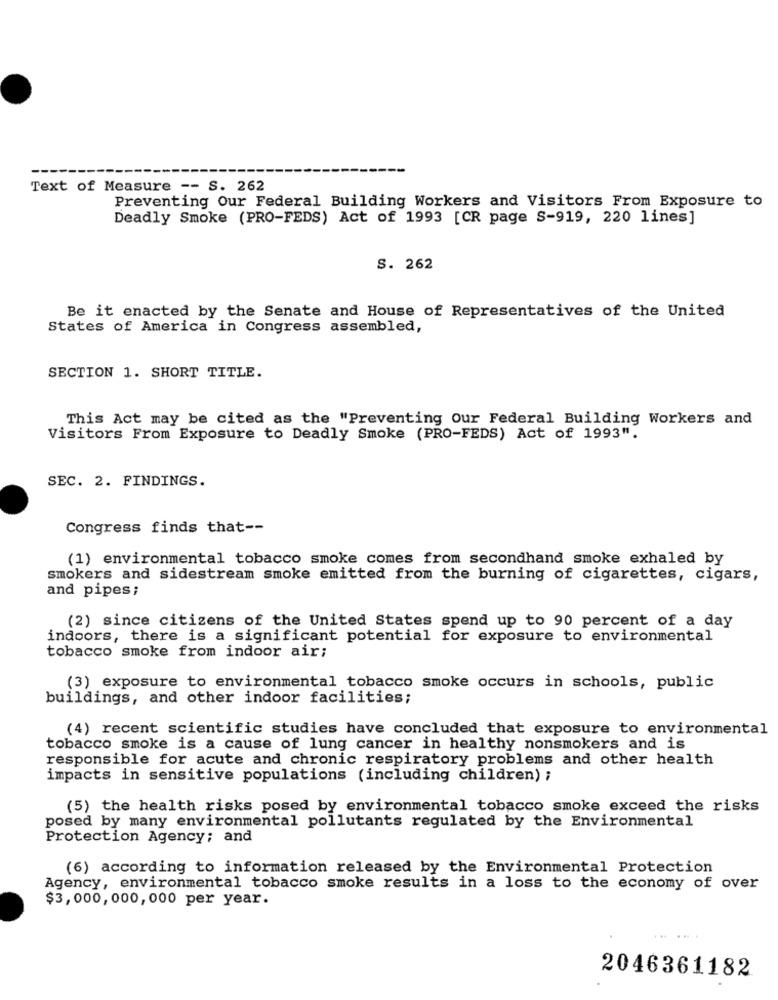
Text of Measure -- S. 262
Preventing Our Federal Building Workers and Visitors From Exposure to
Deadly Smoke (PRO-FEDS) Act of 1993 [CR page S-919, 220 lines]
S. 262
Be it enacted by the Senate and House of Representatives of the United
States of America in Congress assembled,
SECTION 1. SHORT TITLE.
This Act may be cited as the "Preventing Our Federal Building Workers and
Visitors From Exposure to Deadly Smoke (PRO-FEDS) Act of 1993".
SEC. 2. FINDINGS.
Congress finds that --
(1) environmental tobacco smoke comes from secondhand smoke exhaled by
smokers and sidestream smoke emitted from the burning of cigarettes, cigars,
and pipes;
(2) since citizens of the United States spend up to 90 percent of a day
indoors, there is a significant potential for exposure to environmental
tobacco smoke from indoor air;
(3) exposure to environmental tobacco smoke occurs in schools, public
buildings, and other indoor facilities;
(4) recent scientific studies have concluded that exposure to environmental
tobacco smoke is a cause of lung cancer in healthy nonsmokers and is
responsible for acute and chronic respiratory problems and other health
impacts in sensitive populations (including children) ;
(5) the health risks posed by environmental tobacco smoke exceed the risks
posed by many environmental pollutants regulated by the Environmental
Protection Agency; and
(6) according to information released by the Environmental Protection
Agency, environmental tobacco smoke results in a loss to the economy of over
$3,000,000,000 per year.
2046361182